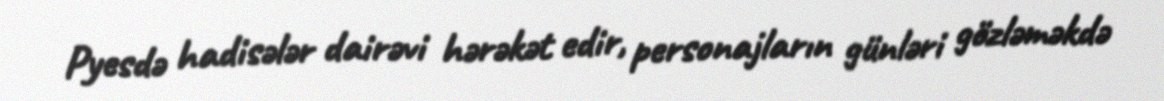
Pyesdə hadisələr dairəvi hərəkət edir, personajların günləri gözləməkdə